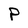
Character: P